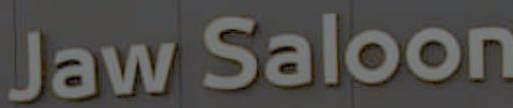
Jawan